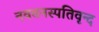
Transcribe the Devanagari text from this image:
नववनस्पतिवृन्द